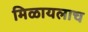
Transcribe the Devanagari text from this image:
मिळायलाच